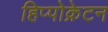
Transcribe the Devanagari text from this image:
हिप्पोक्रेटन